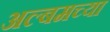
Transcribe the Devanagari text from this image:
अल्बमच्या